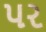
પર